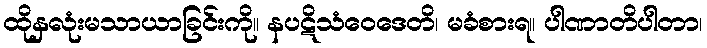
ထိုနှလုံးမသာယာခြင်းကို။ နပဋိသံဝေဒေတိ၊ မခံစားရ။ ပါဏာတိပါတာ၊